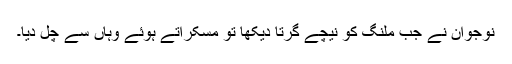
نوجوان نے جب ملنگ کو نیچے گِرتا دیکھا تو مسکراتے ہوئے وہاں سے چَل دیا۔